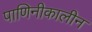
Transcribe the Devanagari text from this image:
पाणिनीकालीन